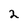
Character: 2